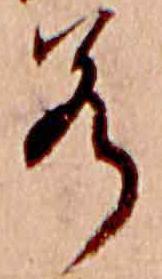
若